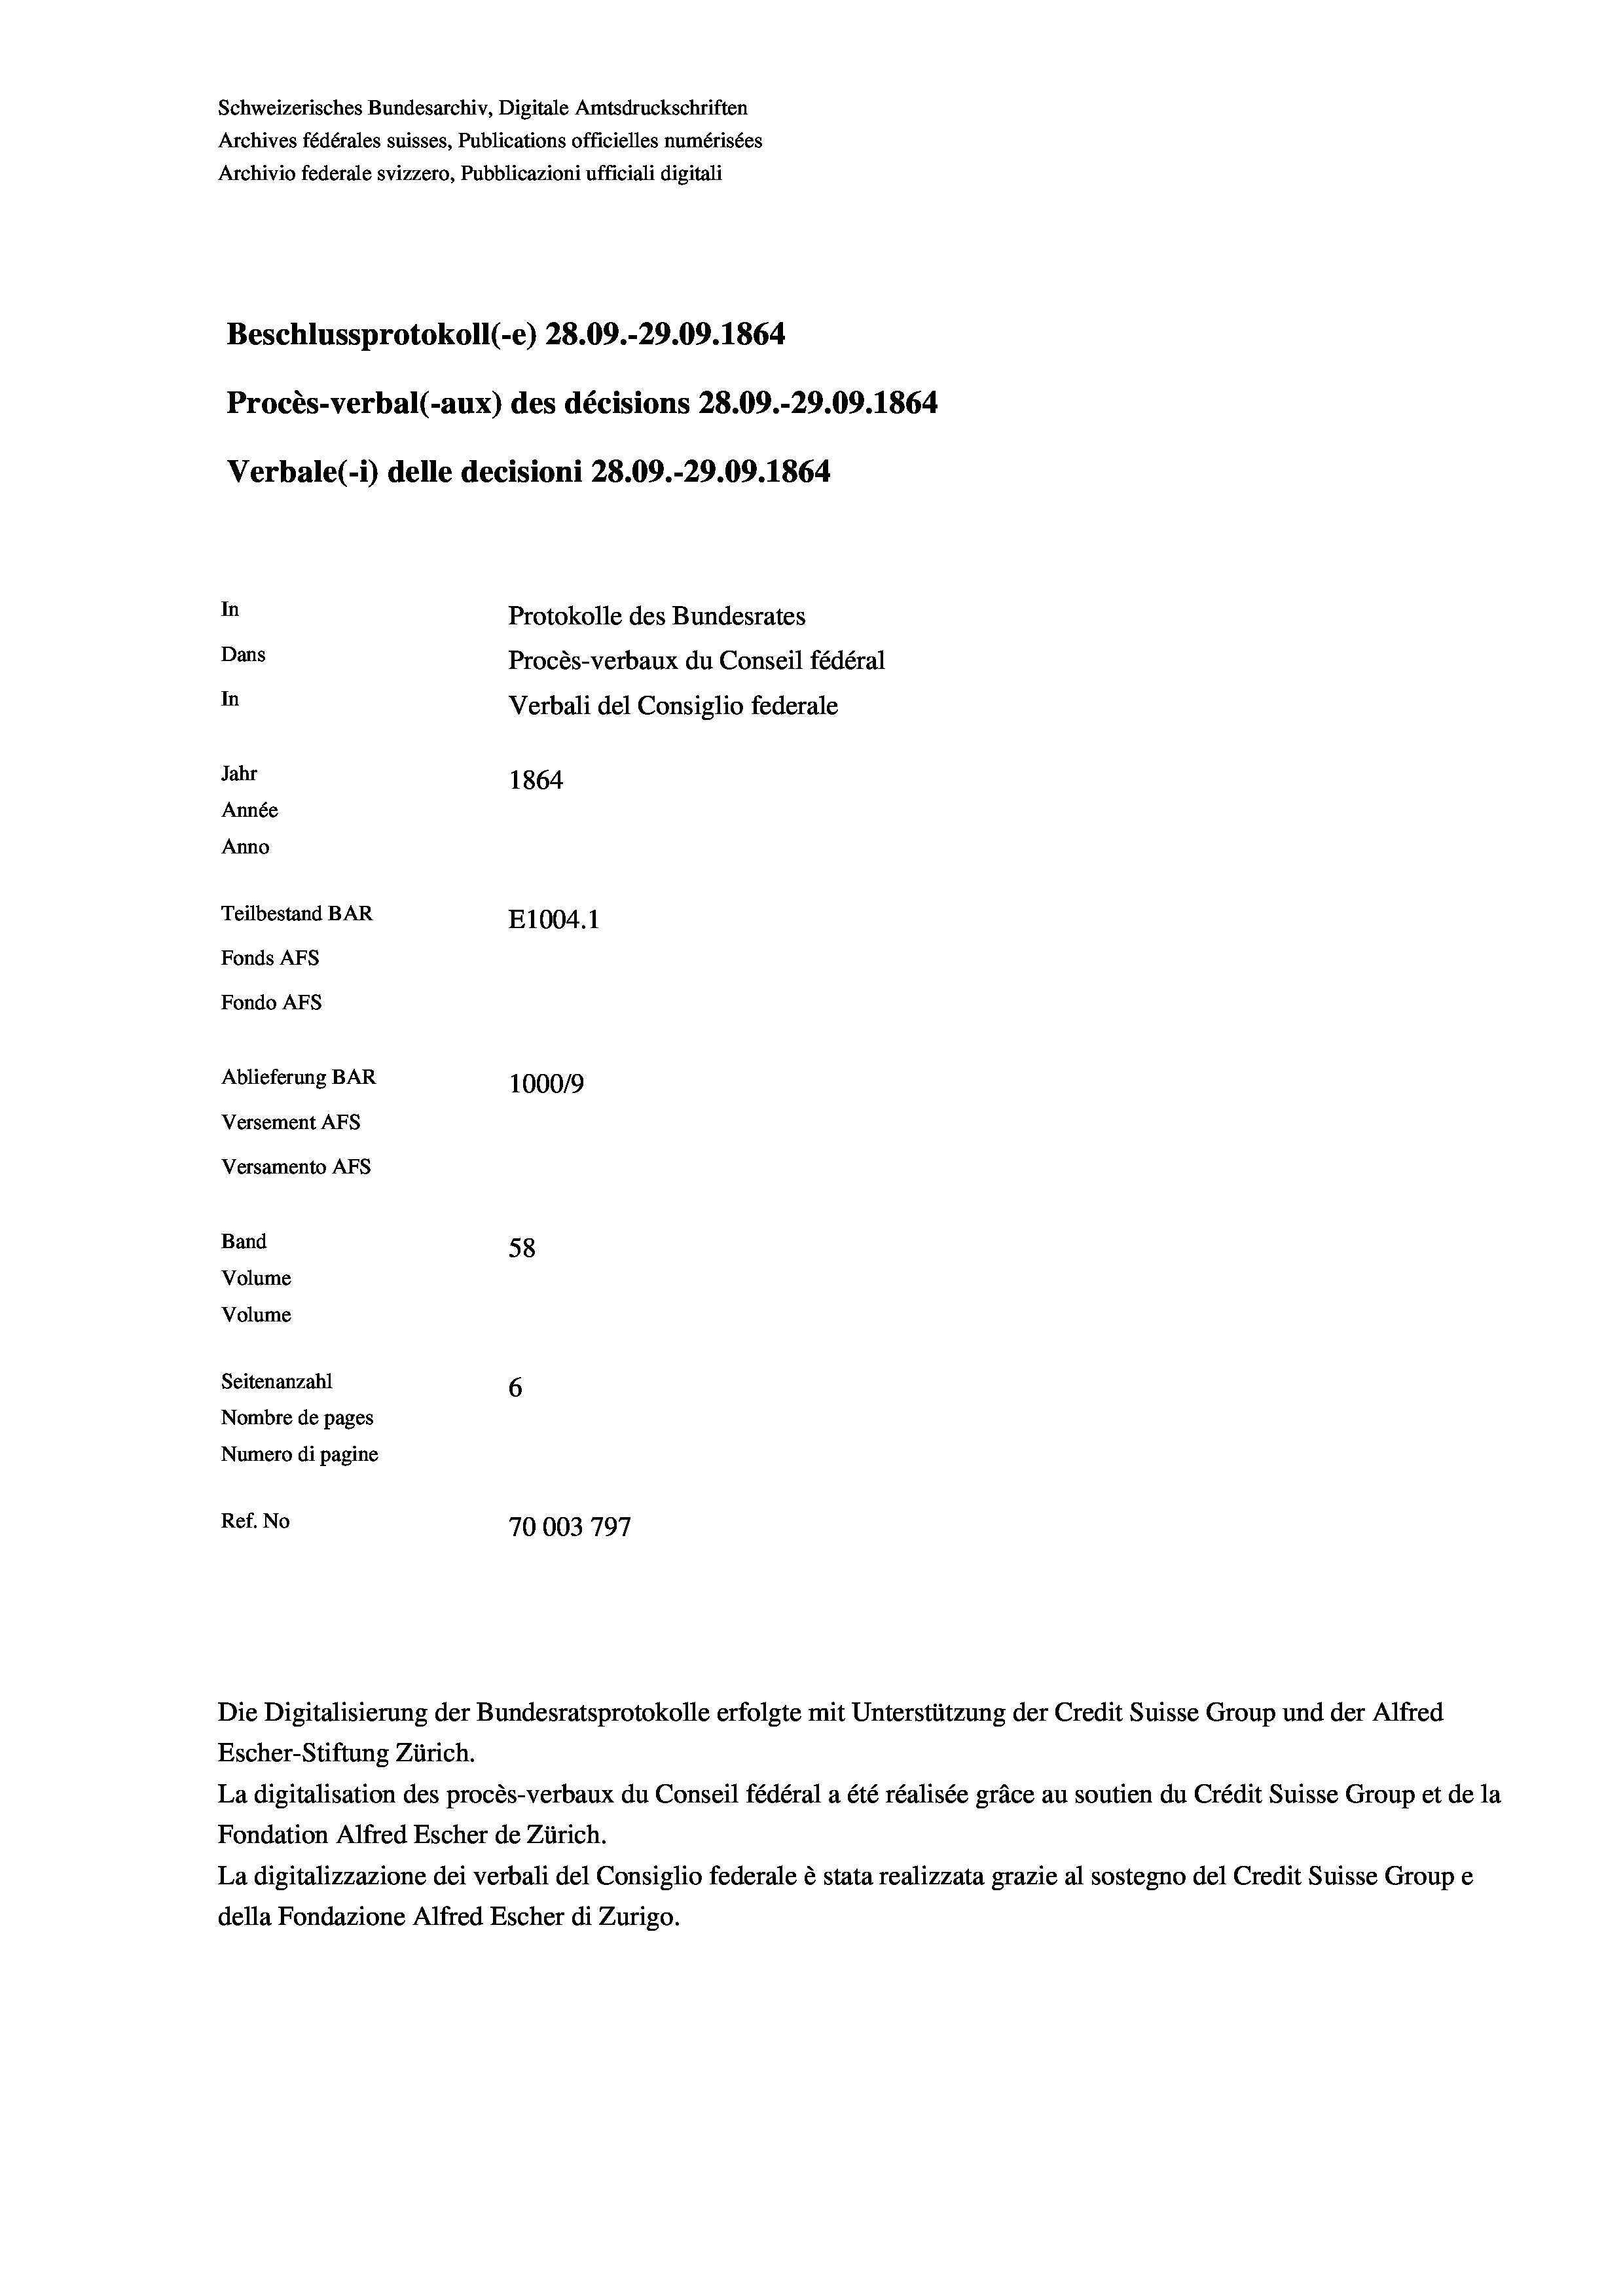
Schweizerisches Bundesarchiv, Digitale Amtsdruckschriften
Archives fédérales suisses, Publications officielles numérisées
Archivio federale svizzero, Pubblicazioni ufficiali digitali
Beschlussprotokoll (-e) 28.09.-29.09. 1864
Procès-verbal (-aux) des décisions 28.09.-29.09. 1864
Verbale(-*) delle decisioni 28.09.-29.09. 1864
In
Protokolle des Bundesrates
Dans
Procès-verbaux du Conseil fédéral
In
Verbali del Consiglio federale
Jahr
1864
Année
Anno
Teilbestand BAR
E1004.1
Fonds AFs
Fondo AFS
Ablieferung BAR
1000/9
Versement AFs
Versamento Afs
Band
58
Volume

6
Nombre de pages
Numero di pagine
Ref. No
70003 797

Volume
Seitenanzahl

Die Digitalisierung der Bundesratsprotokolle erfolgte mit Unterstützung der Credit Suisse Group und der Alfred
Escher-Stiftung Zürich.

La digitalisation des procès-verbaux du Conseil fédéral a été réalisée gräce au soutien du Crédit Suisse Group et de la
Fondation Alfred Escher de Zürich.
La digitalizzazione dei verbali del Consiglio federale è stata realizzata grazie al sostegno del Credit Suisse Groupe
della Fondazione Alfred Escher di Zurigo.